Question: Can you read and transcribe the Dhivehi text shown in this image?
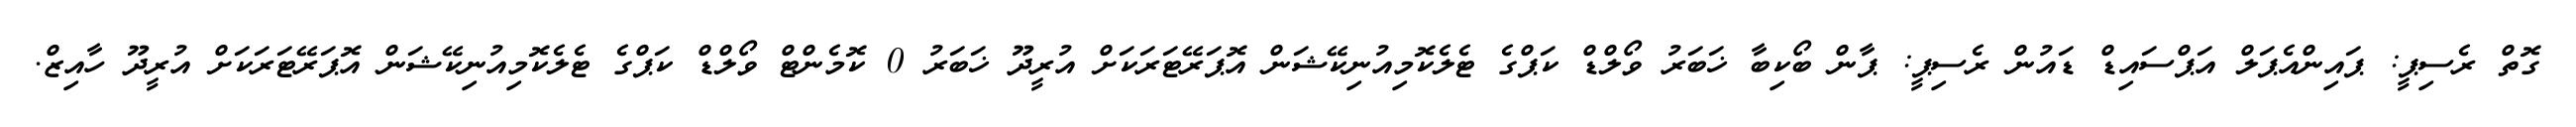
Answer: ގޮތް ރެސިޕީ: ޕައިންއެޕަލް އަޕްސައިޑް ޑައުން ރެސިޕީ: ޕާން ބޯކިބާ ޚަބަރު ވޯލްޑް ކަޕްގެ ޓެލެކޮމިއުނިކޭޝަން އޮޕަރޭޓަރަކަށް އުރީދޫ ޚަބަރު 0 ކޮމެންޓް ވޯލްޑް ކަޕްގެ ޓެލެކޮމިއުނިކޭޝަން އޮޕަރޭޓަރަކަށް އުރީދޫ ހާއިޒް.